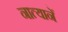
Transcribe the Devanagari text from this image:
नात्यानें